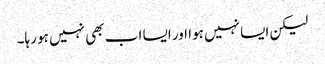
لیکن ایسا نہیں ہوا اور ایسا اب بھی نہیں ہو رہا۔